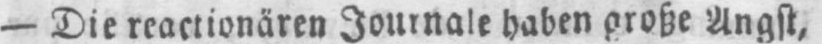
- Die reactionären Journale haben große Angst,